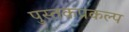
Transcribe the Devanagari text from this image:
पुस्तकप्रकल्प